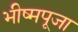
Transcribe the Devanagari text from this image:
भीष्मपूजा